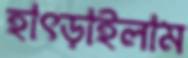
হাৎড়াইলাম